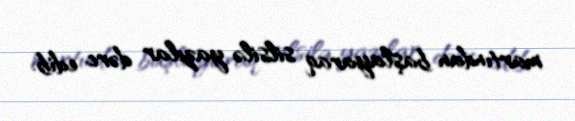
martından başlayaraq silsilə yazılar dərc edib.